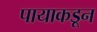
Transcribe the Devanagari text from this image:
पायाकडून